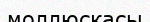
моллюскасы